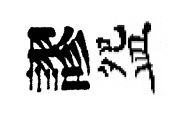
謬盌